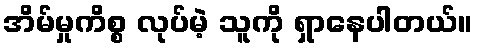
အိမ်မှုကိစ္စ လုပ်မဲ့ သူကို ရှာနေပါတယ်။